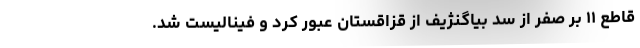
قاطع ۱۱ بر صفر از سد بیاگنژیف از قزاقستان عبور کرد و فینالیست شد.